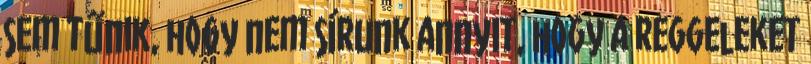
sem tűnik, hogy nem sírunk annyit, hogy a reggeleket